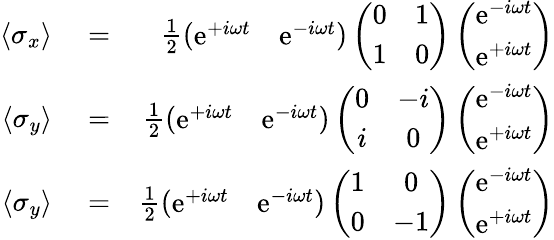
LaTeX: \begin{array}{rlr}{\langle\sigma_{x}\rangle}&{{}=}&{\frac{1}{2}\left(\begin{array}{cc}{\mathrm{e}^{+i\omega t}}&{\mathrm{e}^{-i\omega t}}\end{array}\right)\left(\begin{array}{cc}{0}&{1}\\ {1}&{0}\end{array}\right)\left(\begin{array}{c}{\mathrm{e}^{-i\omega t}}\\ {\mathrm{e}^{+i\omega t}}\end{array}\right)}\\ {\langle\sigma_{y}\rangle}&{{}=}&{\frac{1}{2}\left(\begin{array}{cc}{\mathrm{e}^{+i\omega t}}&{\mathrm{e}^{-i\omega t}}\end{array}\right)\left(\begin{array}{cc}{0}&{-i}\\ {i}&{0}\end{array}\right)\left(\begin{array}{c}{\mathrm{e}^{-i\omega t}}\\ {\mathrm{e}^{+i\omega t}}\end{array}\right)}\\ {\langle\sigma_{y}\rangle}&{{}=}&{\frac{1}{2}\left(\begin{array}{cc}{\mathrm{e}^{+i\omega t}}&{\mathrm{e}^{-i\omega t}}\end{array}\right)\left(\begin{array}{cc}{1}&{0}\\ {0}&{-1}\end{array}\right)\left(\begin{array}{c}{\mathrm{e}^{-i\omega t}}\\ {\mathrm{e}^{+i\omega t}}\end{array}\right)}\end{array}